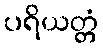
ပရိယတ္တံ